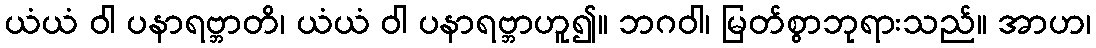
ယံယံ ဝါ ပနာရဗ္ဘာတိ၊ ယံယံ ဝါ ပနာရဗ္ဘာဟူ၍။ ဘဂဝါ၊ မြတ်စွာဘုရားသည်။ အာဟ၊